Senior Leaving Certificate Examination (including Day School Certificate (Higher) General paper), 1950
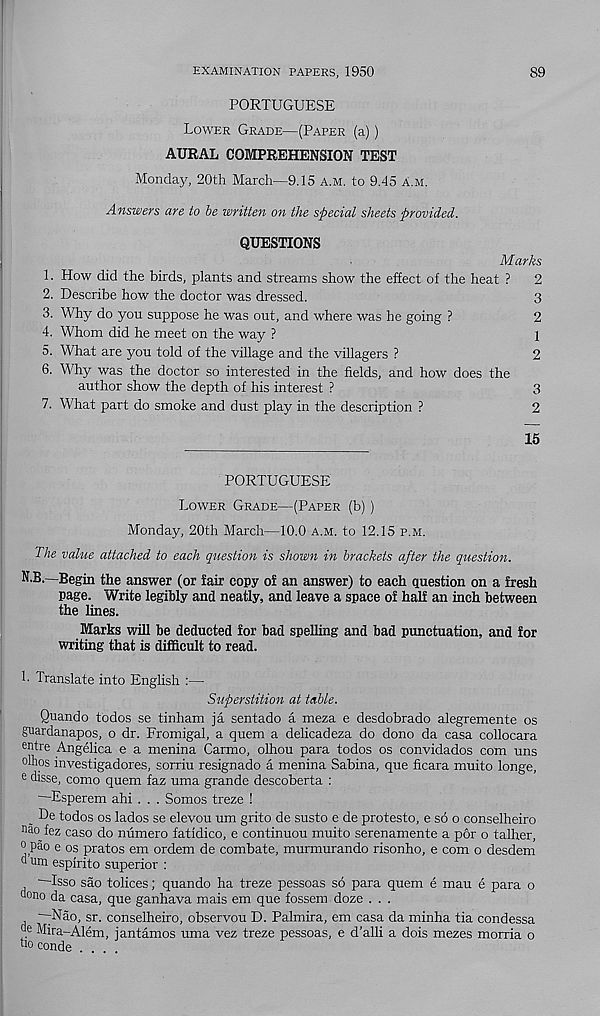
EXAMINATION PAPERS, 1950
89
PORTUGUESE
Lower Grade—(Paper (a) )
AURAL COMPREHENSION TEST
Monday, 20th March—9.15 a.m. to 9.45 A.m.
Answers are to be written on the special sheets provided.
QUESTIONS
Marks
1. How did the birds, plants and streams show the effect of the heat ?
2
2. Describe how the doctor was dressed.
3
3. Why do you suppose he was out, and where was he going ?
2
4. Whom did he meet on the way ?
1
5. What are you told of the village and the villagers ?
2
6. Why was the doctor so interested in the fields, and how does the
author show the depth of his interest ?
3
7. What part do smoke and dust play in the description ?
2
15
PORTUGUESE
Lower Grade—(Paper (b) )
Monday, 20th March—10.0 a.m. to 12.15 p.m.
The value attached to each question is shown in brackets after the question.
N.B.—Begin the answer (or fair copy of an answer) to each question on a fresh
page. Write legibly and neatly, and leave a space of half an inch between
the lines.
Marks will be deducted for bad spelling and bad punctuation, and for
writing that is difficult to read.
h Translate into English :—
Superstition at table.
Quando todos se tinham ja sentado a meza e desdobrado alegremente os
guardanapos, o dr. Fromigal, a quern a delicadeza do dono da casa collocara
entre Angelica e a menina Carmo, olhou para todos os convidados com uns
olhos investigadores, sorriu resignado a menina Sabina, que ficara muito longe,
e disse, como quem faz uma grande descoberta :
Esperem ahi . . . Somos treze !
„ E>e todos os lados se elevou um grito de susto e de protesto, e so o conselheiro
fez caso do numero fatidico, e continuou muito serenamente a por o talher,
0 pao e os pratos em ordem de combate, murmurando risonho, e com o desdem
d um espirito superior :
Isso sao tolices; quando ha treze pessoas so para quem e mau e para o
aono da casa, que ganhava mais em que fossem doze . . .
~;Nao, sr. conselheiro, observou D. Palmira, em casa da minha tia condessa
de Mira-Alem, jantamos uma vez treze pessoas, e d’alli a dois mezes morria o
bo conde ....